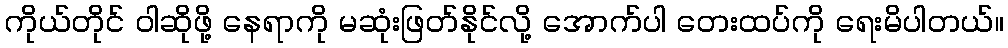
ကိုယ်တိုင် ဝါဆိုဖို့ နေရာကို မဆုံးဖြတ်နိုင်လို့ အောက်ပါ တေးထပ်ကို ရေးမိပါတယ်။